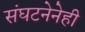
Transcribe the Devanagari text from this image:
संघटनेनेही